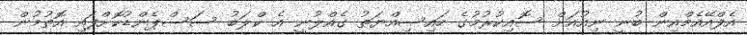
އެފްއޭއެމްއިން ބުނީ ނިއުއަށް ސޮއިކުރުމުގެ ހައިސިއްޔަތު ގެއްލުނީ އެ ކްލަބު ސަސްޕެންޑުކޮށްފައި އޮތުމުން